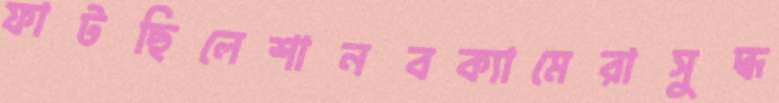
ফাটছিলেশানবক্যামেরাসুদ্ধ